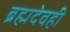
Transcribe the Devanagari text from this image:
ब्रह्मदेवही